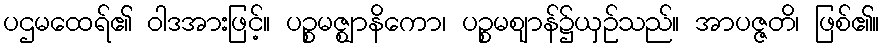
ပဌမထေရ်၏ ဝါဒအားဖြင့်။ ပဉ္စမဇ္ဈာနိကော၊ ပဉ္စမဈာန်၌ယှဉ်သည်။ အာပဇ္ဇတိ၊ ဖြစ်၏။